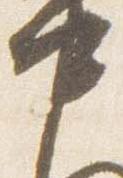
中